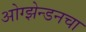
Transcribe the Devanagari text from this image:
ओग्झेन्डनचा